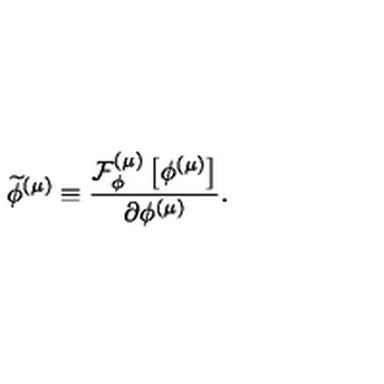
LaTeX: \widetilde { \phi } ^ { \left( \mu \right) } \equiv \frac { { \cal F } _ { \phi } ^ { \left( \mu \right) } \left[ \phi ^ { \left( \mu \right) } \right] } { \partial \phi ^ { \left( \mu \right) } } .